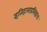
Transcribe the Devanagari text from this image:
इतिहासप्रसिद्धच